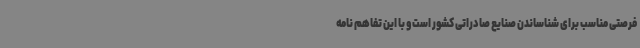
فرصتی مناسب برای شناساندن صنایع صادراتی کشور است و با این تفاهم نامه